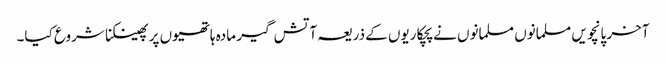
آخر پانچویں مسلمانوں مسلمانوں نے پچکاریوں کے ذریعہ آتش گیر مادہ ہاتھیوں پر پھینکنا شروع کیا۔